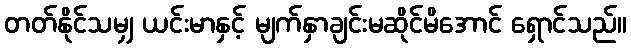
တတ်နိုင်သမျှ ယင်းမာနှင့် မျက်နှာချင်းမဆိုင်မိအောင် ရှောင်သည်။